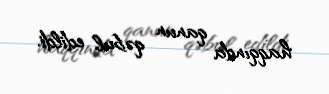
haqqında qanun qəbul edildi.